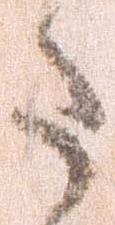
た